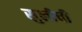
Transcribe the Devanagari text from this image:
सुलीची